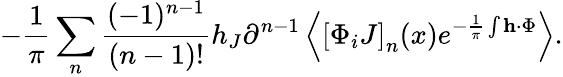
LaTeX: -\frac{1}{\pi}\sum_{n}^{}\frac{(-1)^{n-1}}{(n-1)!}h_{J}\partial^{n-1}\left<\left[\Phi_{i}J\right]_{n}(x)e^{-\frac{1}{\pi}\int{\mathbf h\cdot\Phi}}\right>.